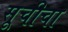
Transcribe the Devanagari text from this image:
सूचीचा